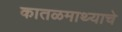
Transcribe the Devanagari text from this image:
कातळमाथ्याचे